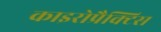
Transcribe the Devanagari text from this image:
काइरोप्रैक्टिस